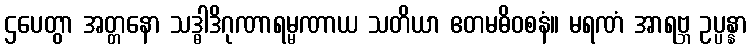
ဌပေတွာ အတ္တနော သဒ္ဓါဒိဂုဏာရမ္မဏာယ သတိယာ ဧတမဓိဝစနံ။ မရဏံ အာရဗ္ဘ ဥပ္ပန္နာ